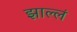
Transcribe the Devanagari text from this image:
झाल्लं